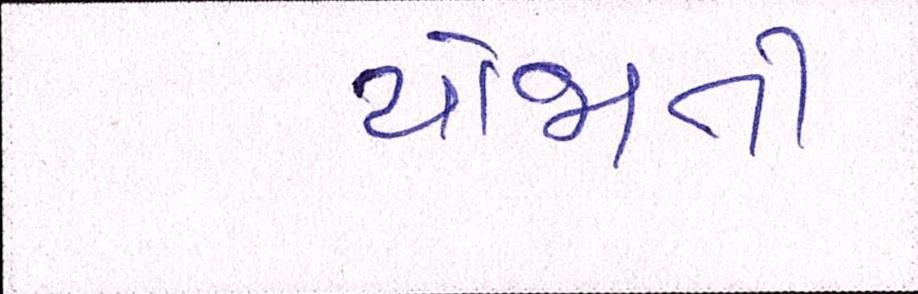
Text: યોજાતી